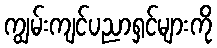
ကျွမ်းကျင်ပညာရှင်များကို